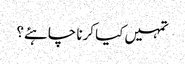
تمہیں کیا کرنا چاہئے؟